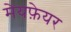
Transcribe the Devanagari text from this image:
मेयफ़ेयर